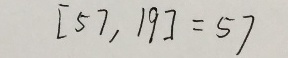
[ 5 7 . 1 9 ] = 5 7